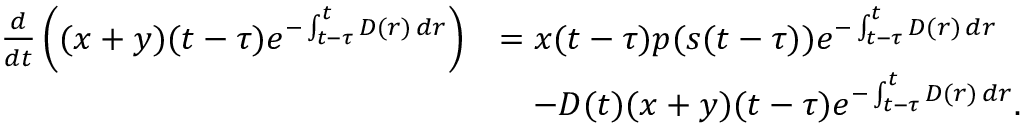
\begin{array} { r l } { \frac { d } { d t } \left( ( x + y ) ( t - \tau ) e ^ { - \int _ { t - \tau } ^ { t } D ( r ) \, d r } \right) } & { = x ( t - \tau ) p ( s ( t - \tau ) ) e ^ { - \int _ { t - \tau } ^ { t } D ( r ) \, d r } } \\ & { \quad - D ( t ) ( x + y ) ( t - \tau ) e ^ { - \int _ { t - \tau } ^ { t } D ( r ) \, d r } . } \end{array}